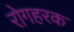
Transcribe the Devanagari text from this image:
रोगहरक